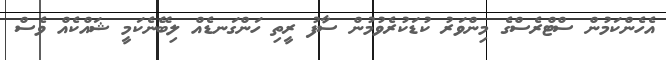
އެހެންކަމުން ސްޓްރެސްގެ މިންވަރު ކުޑަކުރެވުމުން ސާފު ރީތި ހަންގަނޑެއް ލިބޭނެކަމީ ޝައްކެއް ވެސް